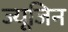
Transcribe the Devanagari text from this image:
ज्यूजिन